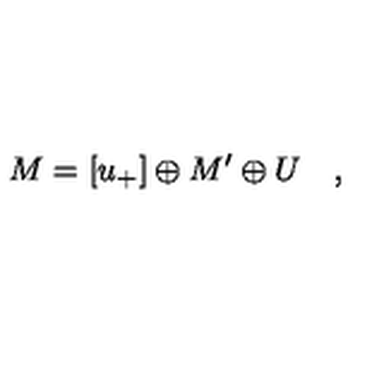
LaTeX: M = \left[ u _ { + } \right] \oplus M ^ { \prime } \oplus U \quad ,